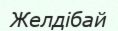
Желдібай